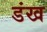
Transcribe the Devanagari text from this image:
डंख